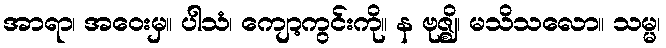
အာရာ၊ အဝေးမှ။ ပါသံ၊ ကျော့ကွင်းကို။ န ဗုဇ္ဈိ၊ မသိသလော။ သမ္မ၊